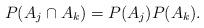
LaTeX: \begin{align*}P(A_j \cap A_k)=P(A_j)P(A_k).\end{align*}